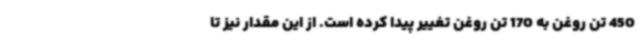
450 تن روغن به 170 تن روغن تغییر پیدا کرده است. از این مقدار نیز تا